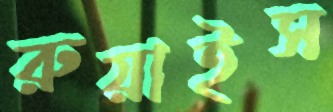
রুয়াইস